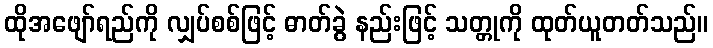
ထိုအဖျော်ရည်ကို လျှပ်စစ်ဖြင့် ဓာတ်ခွဲ နည်းဖြင့် သတ္တုကို ထုတ်ယူတတ်သည်။